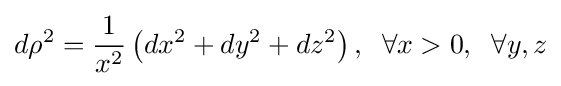
d\rho ^{2}={\frac {1}{x^{2}}}\left(dx^{2}+dy^{2}+dz^{2}\right),\;\;\forall x>0,\;\;\forall y,z